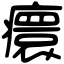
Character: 癏